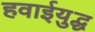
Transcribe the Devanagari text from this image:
हवाईयुद्ध